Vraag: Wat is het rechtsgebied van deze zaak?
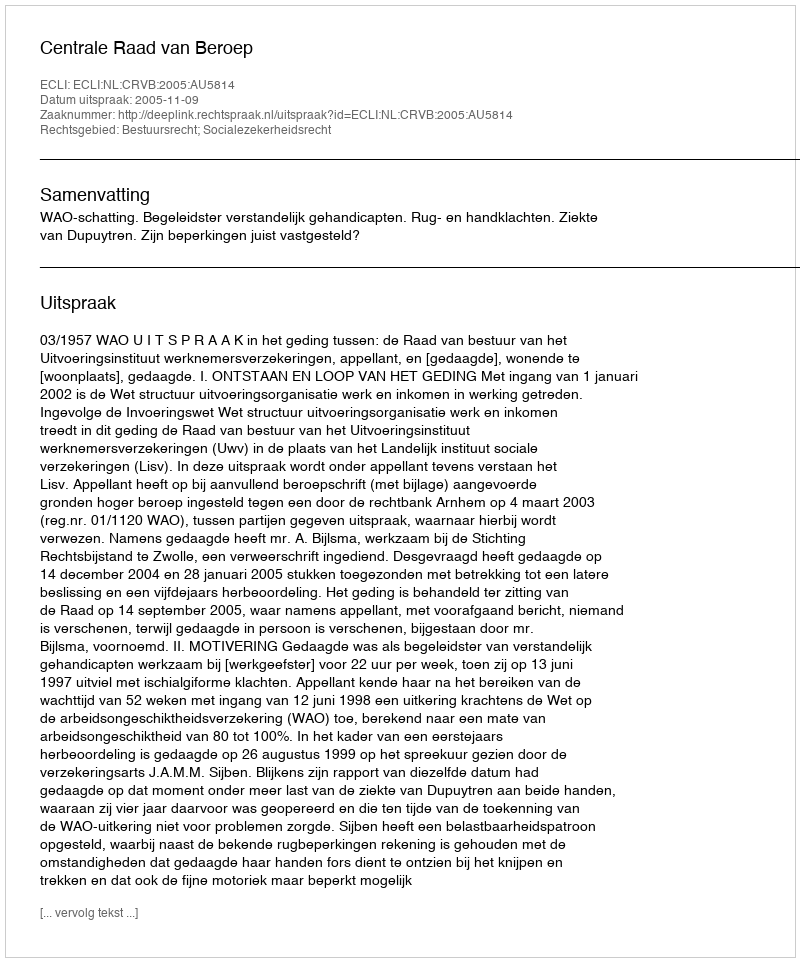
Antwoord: Bestuursrecht; Socialezekerheidsrecht